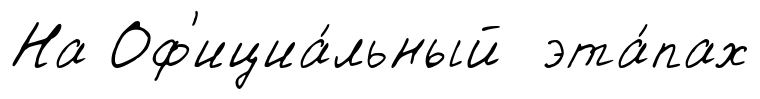
На Оф'ициа́льный эта́пах